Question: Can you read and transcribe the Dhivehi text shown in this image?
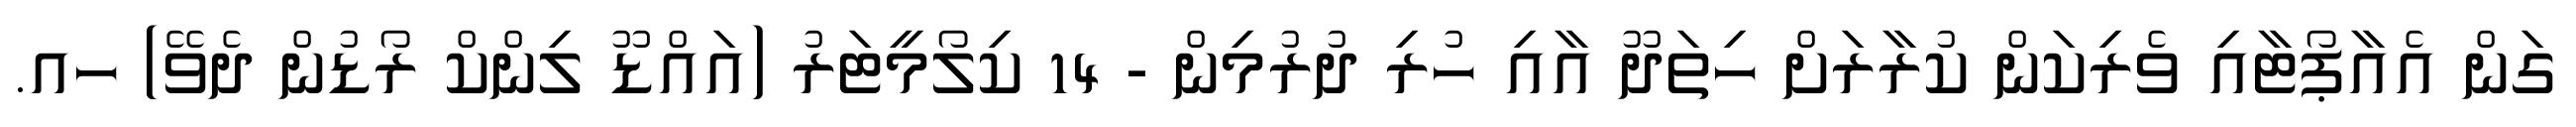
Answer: ގަން އެއާޕޯޓާއި ވެރިކަން ކުރާރަށް ހިތަދޫ އާއި ހުރި ދުރުމިން - 14 ކިލޯމީޓަރު (އައްޑޫ ލިންކް ރޯޑުން ދެވޭ) ހއ.